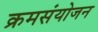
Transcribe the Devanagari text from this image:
क्रमसंयोजन